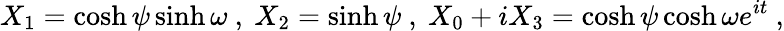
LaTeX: X_{1}=\cosh\psi\sinh\omega~,~X_{2}=\sinh\psi~,~X_{0}+iX_{3}=\cosh\psi\cosh\omega e^{it}~,